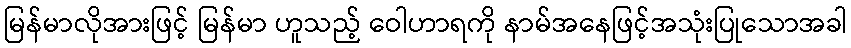
မြန်မာလိုအားဖြင့် မြန်မာ ဟူသည့် ဝေါဟာရကို နာမ်အနေဖြင့်အသုံးပြုသောအခါ